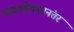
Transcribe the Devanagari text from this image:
भाटवडेकरानंतर